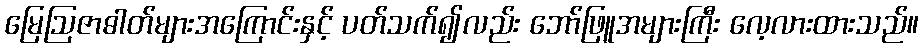
မြေဩဇာဓါတ်များအကြောင်းနှင့် ပတ်သက်၍လည်း ဘော်ဖြူအများကြီး လေ့လားထားသည်။